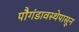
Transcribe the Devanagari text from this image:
पौगंडावस्थेपासून